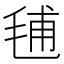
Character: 𣭾